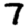
Digit: 7